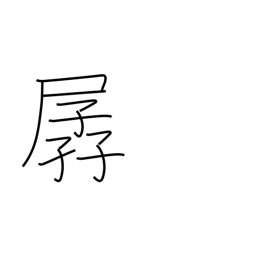
Meaning: weak